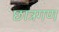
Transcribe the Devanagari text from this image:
छात्रगण